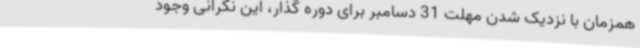
همزمان با نزدیک شدن مهلت 31 دسامبر برای دوره گذار، این نگرانی وجود